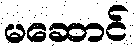
မဆောင်